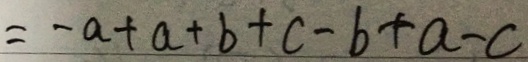
= - a + a + b + c - b + a - c